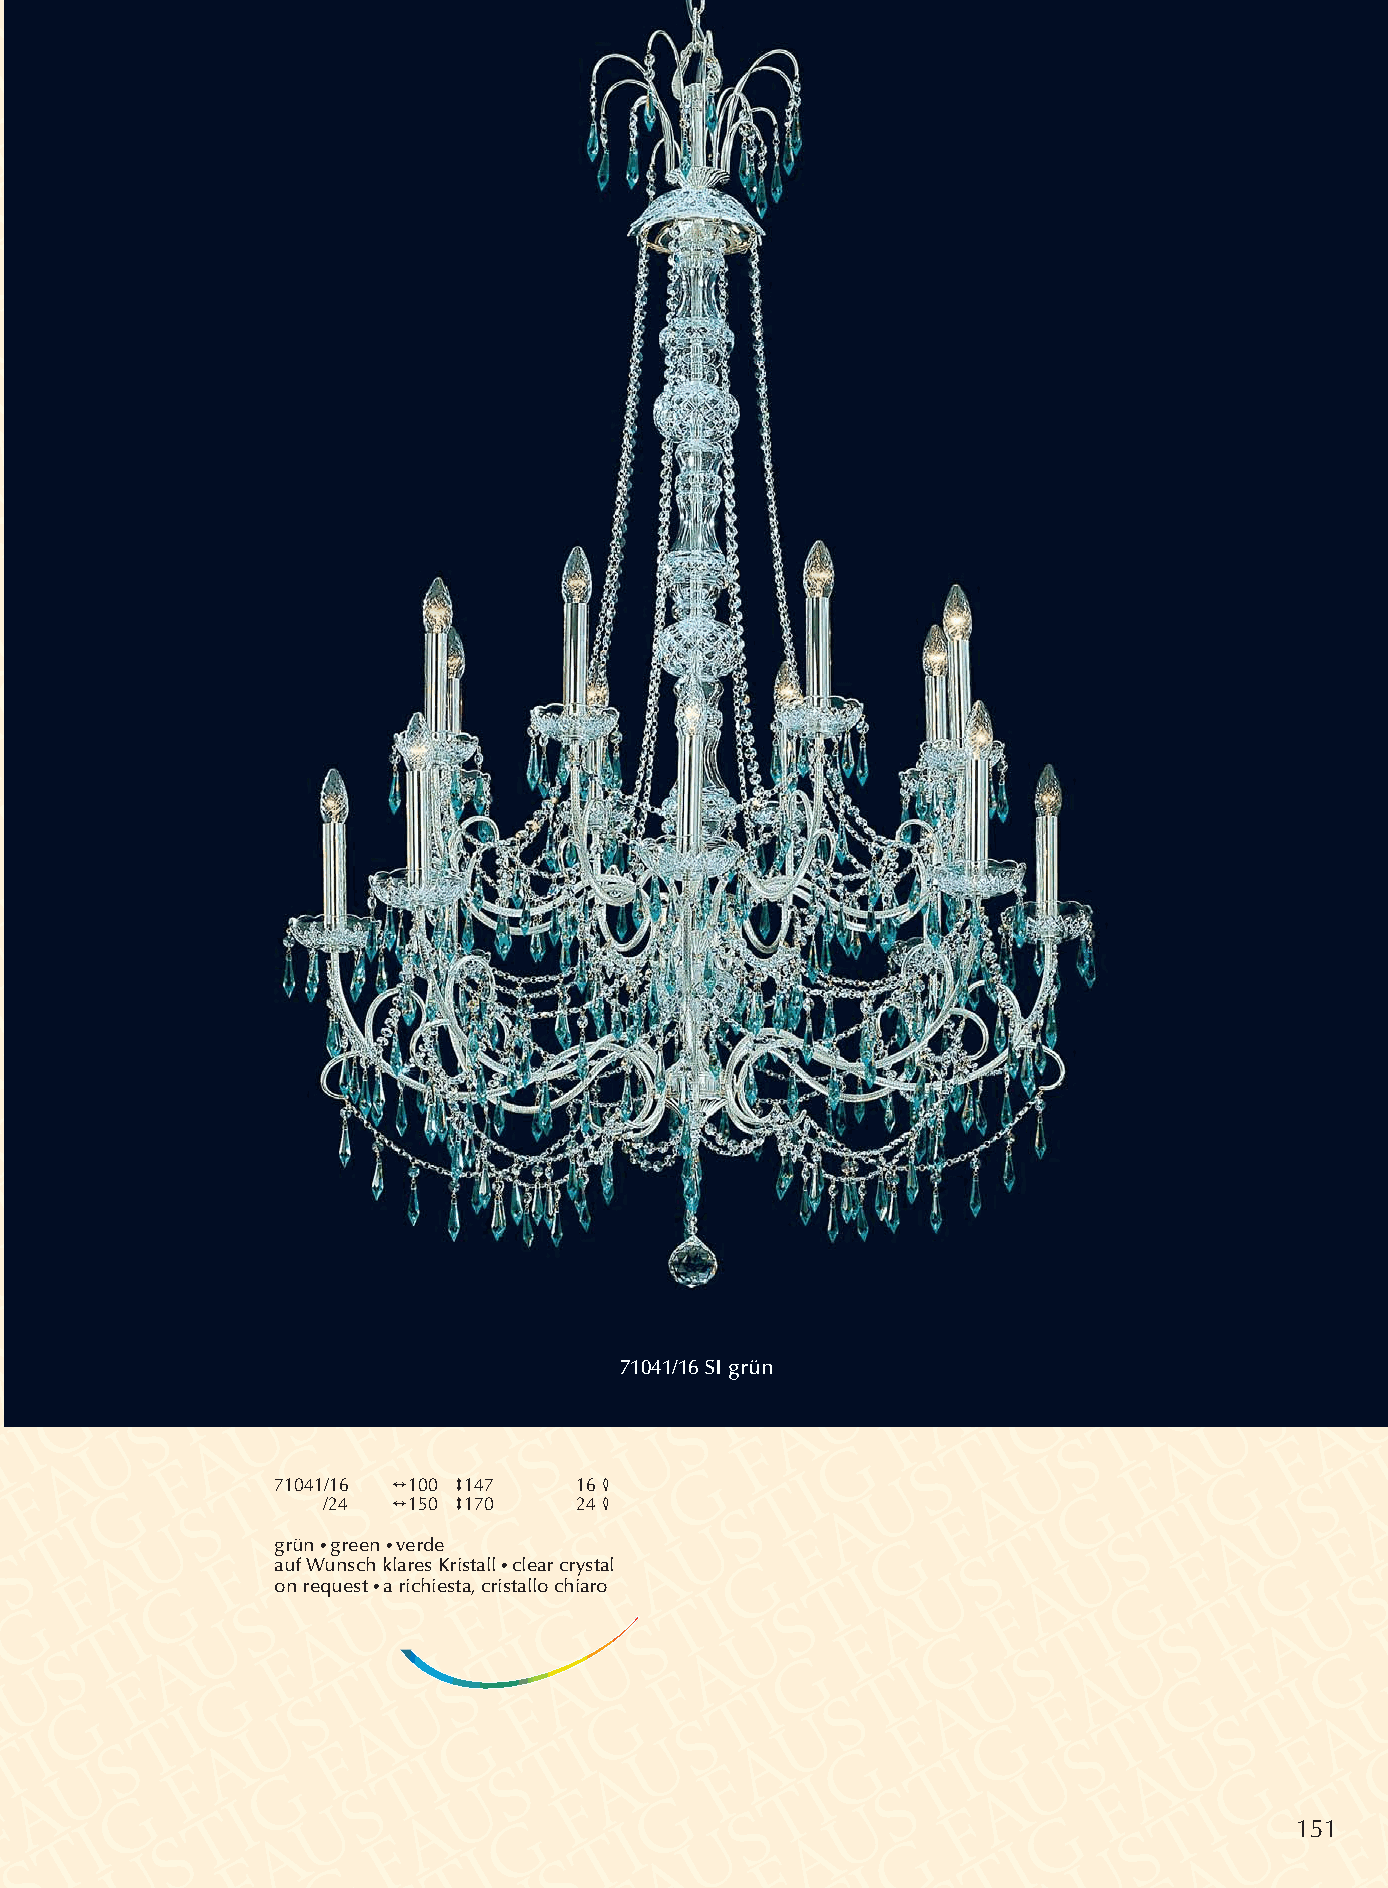
71041/16 SI grün
 71041/16 2100 3147  16 4
 /24  2150 3170   24 4
 grün•green•verde
 auf Wunsch klares Kristall •clear crystal
 on request •a richiesta, cristallo chiaro
 151